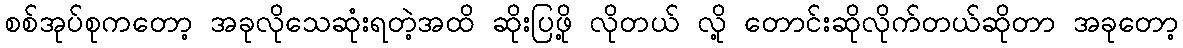
စစ်အုပ်စုကတော့ အခုလိုသေဆုံးရတဲ့အထိ ဆိုးပြဖို့ လိုတယ် လို့ တောင်းဆိုလိုက်တယ်ဆိုတာ အခုတော့